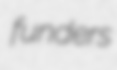
funders